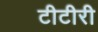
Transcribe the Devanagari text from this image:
टीटीरी